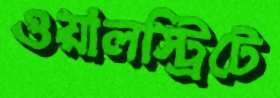
ওয়ালস্ট্রিটে